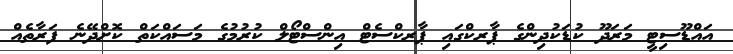
އައްޑޫސިޓީ މަރަދޫ ކުޑަކުދިންގެ ޕާރކްގައި ޕާރކްސެޓް އިންސްޓޯލް ކުރުމުގެ މަސައްކަތް ކޮށްދޭނެ ފަރާތެއް